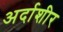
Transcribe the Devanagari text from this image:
अर्दाशीर